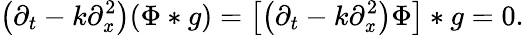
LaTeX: \left(\partial_{t}-k\partial_{\mathit{x}}^{2}\right)(\Phi*g)=\left[\left(\partial_{t}-k\partial_{\mathit{x}}^{2}\right)\Phi\right]*g=0.